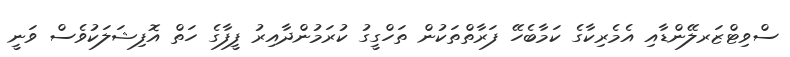
ސްވިޓްޒަރލޭންޑާއި އެމެރިކާގެ ކަމާބެހޭ ފަރާތްތަކުން ތަހްގީގު ކުރަމުންދާއިރު ފީފާގެ ހަތް އޮފިޝަލަކުވެސް ވަނީ